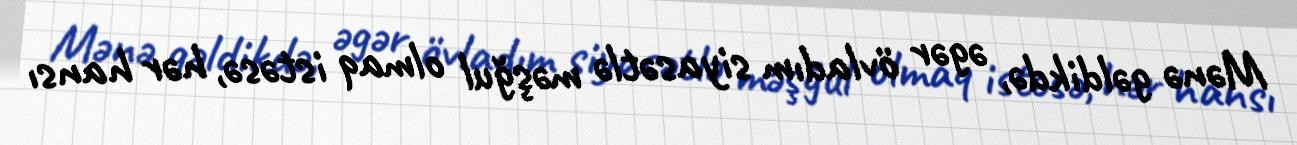
Mənə gəldikdə, əgər övladım siyasətlə məşğul olmaq istəsə, hər hansı